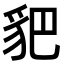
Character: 𧲧